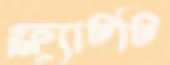
ফ্ল্যাটটি